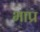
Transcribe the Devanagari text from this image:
भाप्र